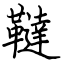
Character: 韃